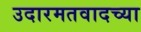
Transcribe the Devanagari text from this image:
उदारमतवादच्या